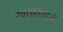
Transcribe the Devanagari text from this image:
स्वयात्तशासी